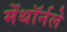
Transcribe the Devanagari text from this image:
मेंथॉर्नले